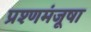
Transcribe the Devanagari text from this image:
प्रश्णमंजूषा